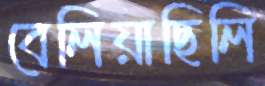
বেলিয়াছিলি